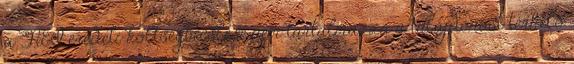
a NEI eredeti költségbecslése nem tartalmazza a tulajdonost terhelő